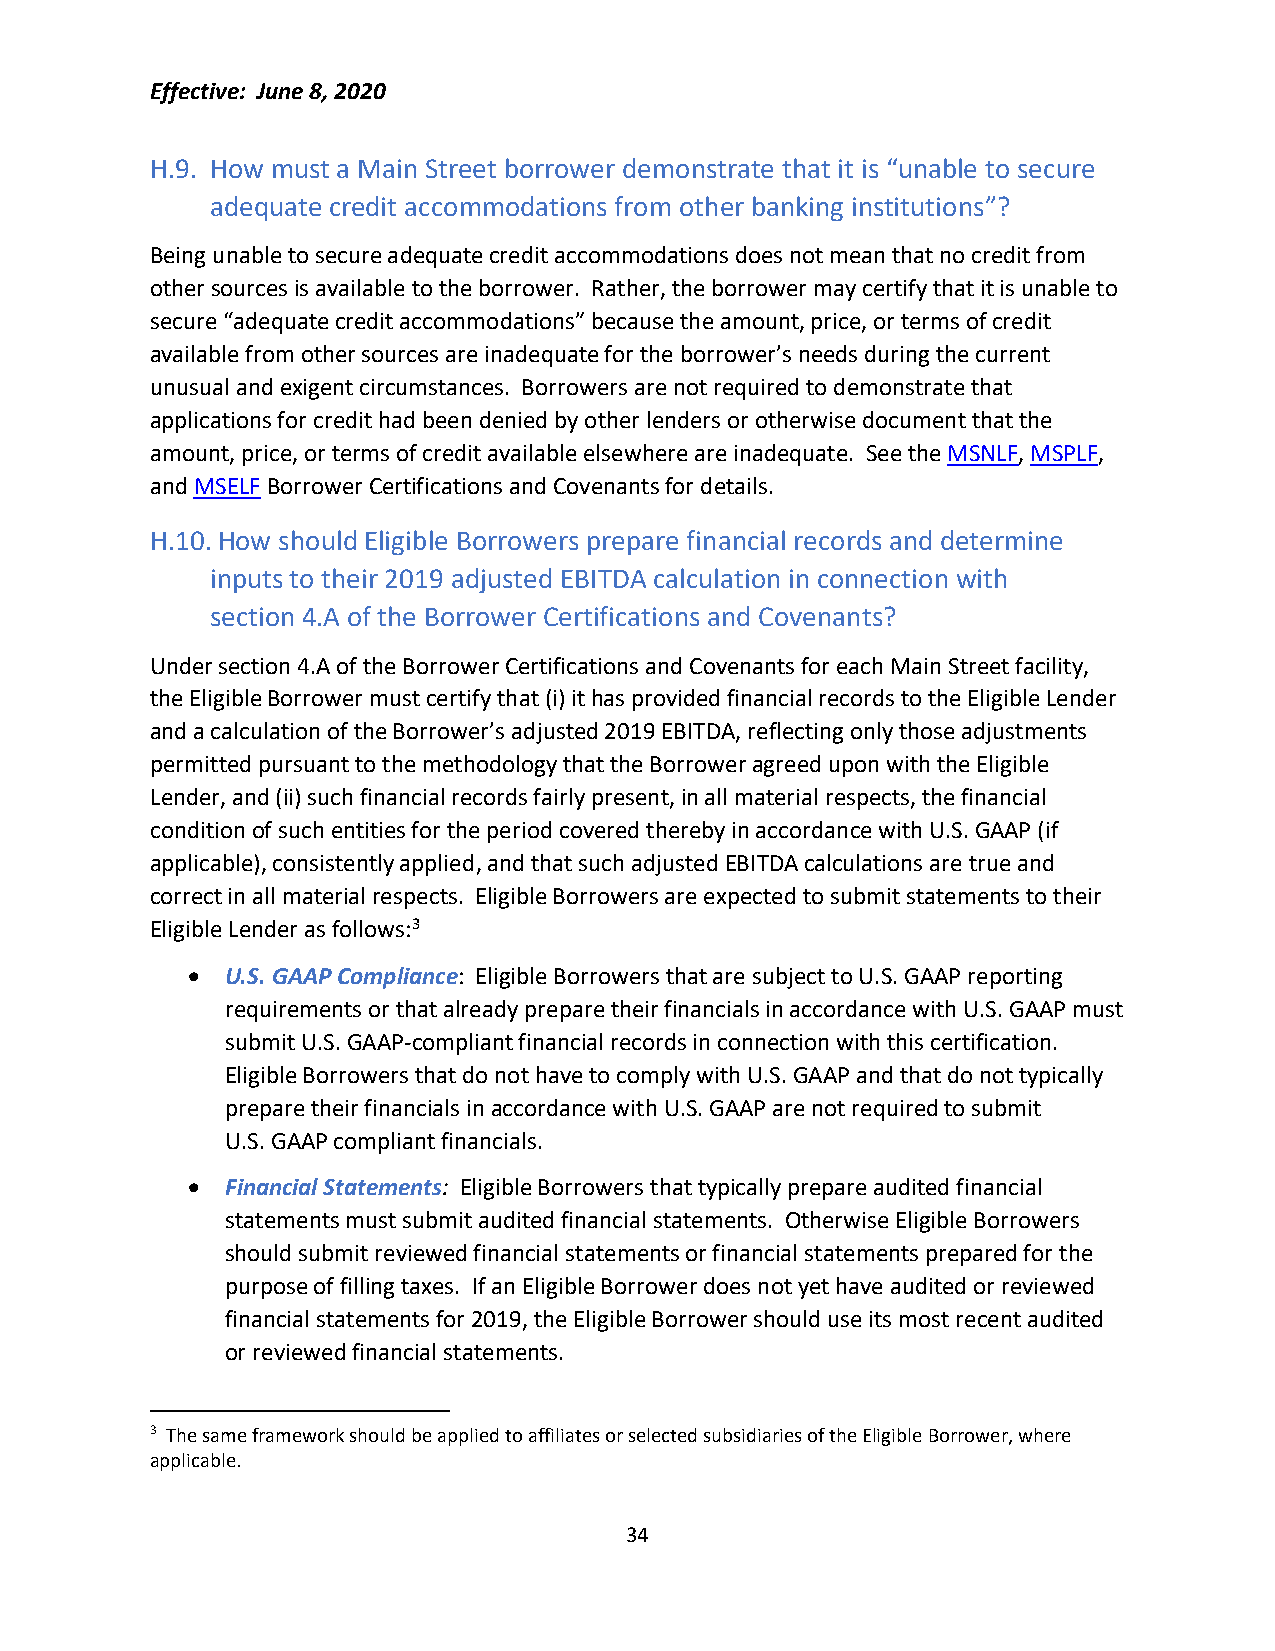
Effective: June 8, 2020
 H.9. How must a Main Street borrower demonstrate that it is “unable to secure
 adequate credit accommodations from other banking institutions”?
 Being unable to secure adequate credit accommodations does not mean that no credit from
 other sources is available to the borrower. Rather, the borrower may certify that it is unable to
 secure “adequate credit accommodations” because the amount, price, or terms of credit
 available from other sources are inadequate for the borrower’s needs during the current
 unusual and exigent circumstances. Borrowers are not required to demonstrate that
 applications for credit had been denied by other lenders or otherwise document that the
 amount, price, or terms of credit available elsewhere are inadequate. See the MSNLF, MSPLF,
 and MSELF Borrower Certifications and Covenants for details.
 H.10. How should Eligible Borrowers prepare financial records and determine
 inputs to their 2019 adjusted EBITDA calculation in connection with
 section 4.A of the Borrower Certifications and Covenants?
 Under section 4.A of the Borrower Certifications and Covenants for each Main Street facility,
 the Eligible Borrower must certify that (i) it has provided financial records to the Eligible Lender
 and a calculation of the Borrower’s adjusted 2019 EBITDA, reflecting only those adjustments
 permitted pursuant to the methodology that the Borrower agreed upon with the Eligible
 Lender, and (ii) such financial records fairly present, in all material respects, the financial
 condition of such entities for the period covered thereby in accordance with U.S. GAAP (if
 applicable), consistently applied, and that such adjusted EBITDA calculations are true and
 correct in all material respects. Eligible Borrowers are expected to submit statements to their
 Eligible Lender as follows:3
 •  U.S. GAAP Compliance: Eligible Borrowers that are subject to U.S. GAAP reporting
 requirements or that already prepare their financials in accordance with U.S. GAAP must
 submit U.S. GAAP-compliant financial records in connection with this certification.
 Eligible Borrowers that do not have to comply with U.S. GAAP and that do not typically
 prepare their financials in accordance with U.S. GAAP are not required to submit
 U.S. GAAP compliant financials.
 •  Financial Statements: Eligible Borrowers that typically prepare audited financial
 statements must submit audited financial statements. Otherwise Eligible Borrowers
 should submit reviewed financial statements or financial statements prepared for the
 purpose of filling taxes. If an Eligible Borrower does not yet have audited or reviewed
 financial statements for 2019, the Eligible Borrower should use its most recent audited
 or reviewed financial statements.
 3 The same framework should be applied to affiliates or selected subsidiaries of the Eligible Borrower, where
 applicable.
 34